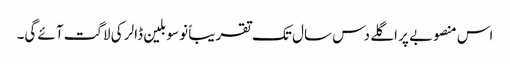
اس منصوبے پر اگلے دس سال تک تقریباً نو سو بلین ڈالر کی لاگت آئے گی۔